Report on vaccination in Madras 1877-1894 - 1877-1894
Year: 1877
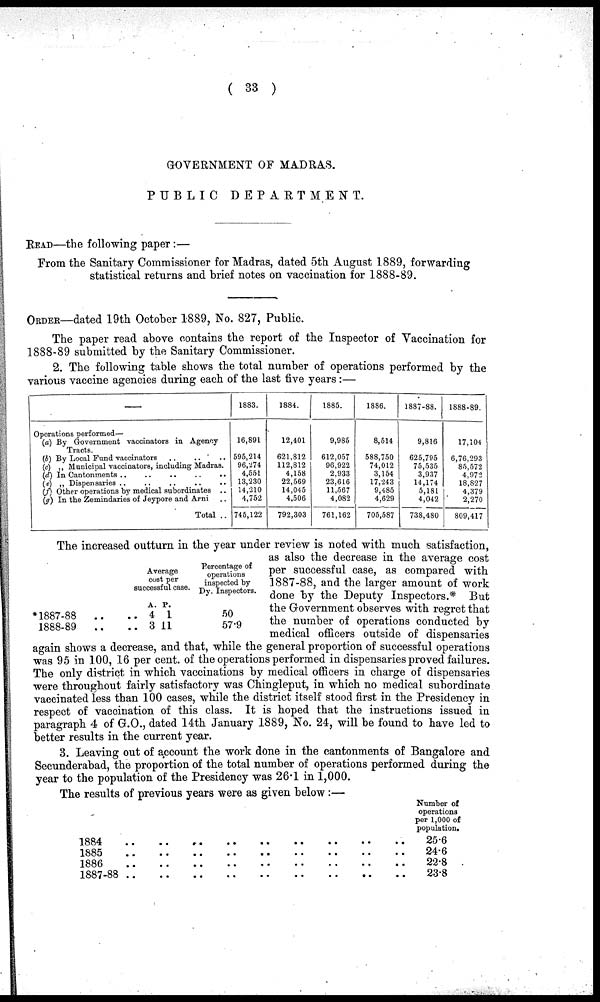
( 33 )
GOVERNMENT OF MADRAS.
PUBLIC
DEPARTMENT.
READ—the following paper:—
From the Sanitary Commissioner for Madras, dated 5th August 1889, forwarding
statistical returns and brief notes on vaccination for 1888-89.
ORDER—dated 19th October 1889, No. 827, Public.
The paper read above contains the report of the Inspector of Vaccination for
1888-89 submitted by the Sanitary Commissioner.
2. The following table shows the total number of operations performed by the
various vaccine agencies during each of the last five years:—
—
Operations performed—
(a) By Government vaccinators in Agency
Tracts.
(b) By Local Fund vaccinators ..
..
..
(c) „ Municipal vaccinators, including Madras.
(d) In Cantonments
..
..
..
..
..
(e) „ Dispensaries
..
..
..
..
..
(f) Other operations by medical subordinates ..
(g) In the Zemindaries of Jeypore and Arni
..
Total ..
1883.
16,891
595,214
96,274
4,551
13,230
14,210
4,752
745,122
1884.
12,401
621,812
112,812
4,158
22,569
14,045
4,506
792,303
1885.
9,985
612,057
96,922
2,933
23,616
11,567
4,082
761,162
1886.
8,514
588,750
74,012
3,154
17,243
9,485
4,629
705,587
1887-88.
9,816
625,795
75,535
3,937
14,174
5,181
4,042
738,480
1888-89.
17,104
6,76,293
85,572
4,972
18,827
4,379
2,270
809,417
*1887-88
.. ..
1888-89
.. ..
Average
cost per
successful case.
A.
4
3
P.
1
11
Percentage of
operations
inspected by
Dy. Inspectors.
50
57.9
The increased outturn in the year under review is noted with much satisfaction,
as also the decrease in the average cost
per successful case, as compared with
1887-88, and the larger amount of work
done by the Deputy Inspectors.* But
the Government observes with regret that
the number of operations conducted by
medical officers outside of dispensaries
again shows a decrease, and that, while the general proportion of successful operations
was 95 in 100, 16 per cent. of the operations performed in dispensaries proved failures.
The only district in which vaccinations by medical officers in charge of dispensaries
were throughout fairly satisfactory was Chingleput, in which no medical subordinate
vaccinated less than 100 cases, while the district itself stood first in the Presidency in
respect of vaccination of this class. It is hoped that the instructions issued in
paragraph 4 of G.O., dated 14th January 1889, No. 24, will be found to have led to
better results in the current year.
3. Leaving out of account the work done in the cantonments of Bangalore and
Secunderabad, the proportion of the total number of operations performed during the
year to the population of the Presidency was 26.1 in 1,000.
The results of previous years were as given below:—
1884 .. .. .. .. .. .. .. .. ..
1885
..
..
..
..
..
..
..
..
..
1886 .. .. .. .. .. .. .. .. ..
1887-88 .. .. .. .. .. .. .. .. ..
Number of
operations
per 1,000 of
population.
25.6
24.6
22.8
23.8